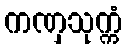
ကဏှသုက္ကံ